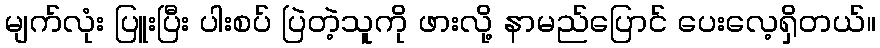
မျက်လုံး ပြူးပြီး ပါးစပ် ပြဲတဲ့သူကို ဖားလို့ နာမည်ပြောင် ပေးလေ့ရှိတယ်။